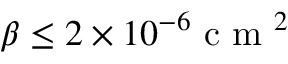
\beta \leq 2 \times 1 0 ^ { - 6 } \mathrm { ~ c ~ m ~ } ^ { 2 }